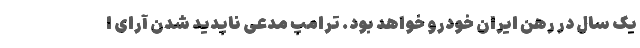
یک سال در رهن ایران خودرو خواهد بود. ترامپ مدعی ناپدید شدن آرای ا